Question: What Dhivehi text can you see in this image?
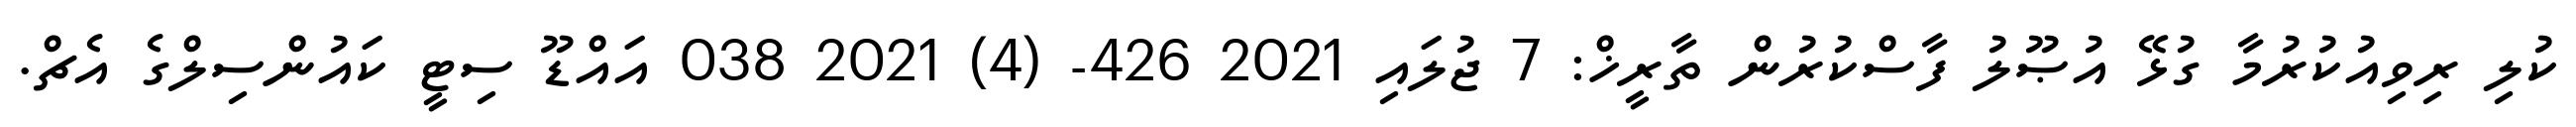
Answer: ކުލި ރިވިއުކުރުމާ ގުޅޭ އުޞޫލު ފާސްކުރުން ތާރީޚް: 7 ޖުލައި 2021 426- (4) 2021 038 އައްޑޫ ސިޓީ ކައުންސިލްގެ އެޗް.